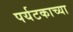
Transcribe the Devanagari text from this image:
पर्यटकाच्या